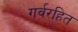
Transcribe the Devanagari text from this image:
गर्वरहित